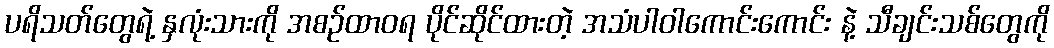
ပရိသတ်တွေရဲ့ နှလုံးသားကို အစဉ်ထာဝရ ပိုင်ဆိုင်ထားတဲ့ အသံပါဝါကောင်းကောင်း နဲ့ သီချင်းသစ်တွေကို